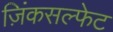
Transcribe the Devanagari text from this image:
ज़िंकसल्फेट